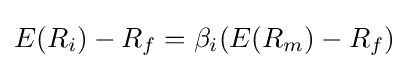
E(R_{i})-R_{f}=\beta _{i}(E(R_{m})-R_{f})